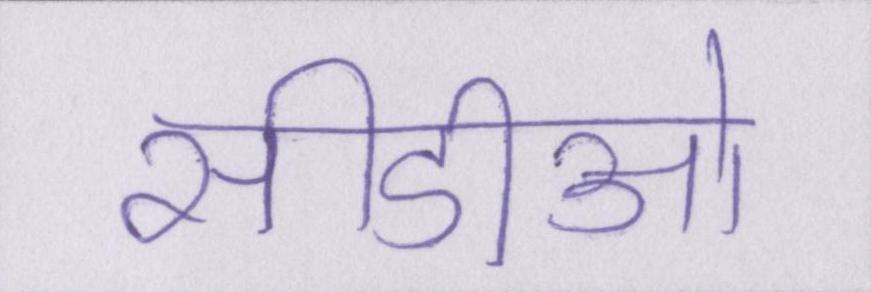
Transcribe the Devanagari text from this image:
सीडीओ